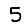
Digit: 5